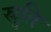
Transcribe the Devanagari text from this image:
स्रुति